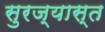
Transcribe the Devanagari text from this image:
सुरज्यास्त